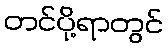
တင်ပို့ရာတွင်